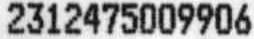
2312475009906